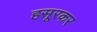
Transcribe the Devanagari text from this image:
हसूरकर